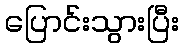
ပြောင်းသွားပြီး